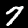
Digit: 7